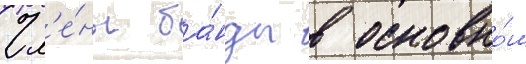
Чл'е́ны ба́нды в основно́м